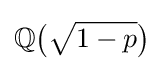
\mathbb {Q} {\big (}{\sqrt {1-p}}{\big )}